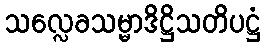
သလ္လေခသမ္မာဒိဋ္ဌိသတိပဋ္ဌံ